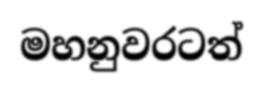
මහනුවරටත්